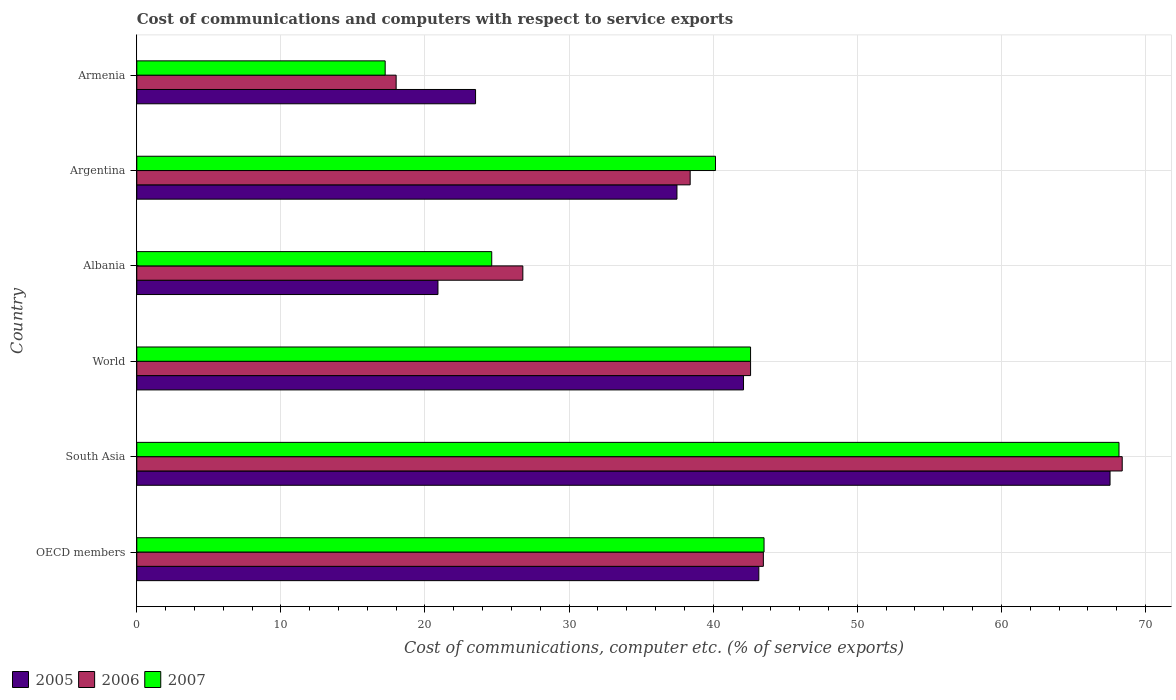
| Country | 2005 | 2006 | 2007 |
 | --- | --- | --- | --- |
 | OECD members | 43.2 | 43.5 | 43.5 |
 | South Asia | 67.5 | 68.4 | 68.2 |
 | World | 42.1 | 42.6 | 42.6 |
 | Albania | 20.9 | 26.8 | 24.6 |
 | Argentina | 37.5 | 38.4 | 40.2 |
 | Armenia | 23.5 | 18 | 17.2 |